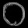
Digit: ၀